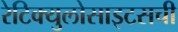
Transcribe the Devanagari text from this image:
रेटिक्युलोसाइटसची